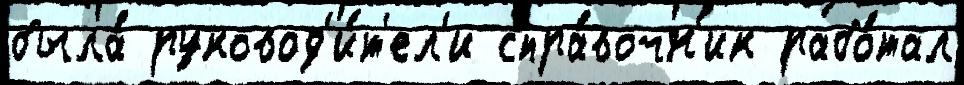
была́ руковод'и́т'ел'и спра́вочн'ик рабо́тал